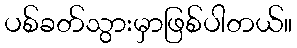
ပစ်ခတ်သွားမှာဖြစ်ပါတယ်။